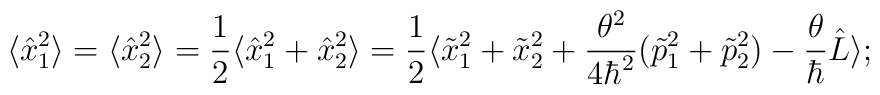
\langle\hat{x}_1^2\rangle=\langle\hat{x}_2^2\rangle=\frac{1}{2}\langle \hat{x}_1^2+\hat{x}_2^2\rangle=\frac{1}{2}\langle\tilde{x}_1^2+\tilde{x}_2^2+\frac{\theta^2}{4\hbar^2}(\tilde{p}_1^2+\tilde{p}_2^2)-\frac{\theta}{\hbar}\hat{L}\rangle;